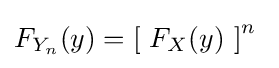
F_{Y_{n}}(y)=\left[\ F_{X}(y)\ \right]^{n}~